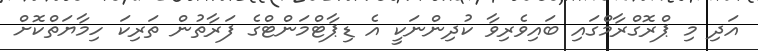
އަދި މި ޕްރޮގްރާމްގައި ބައިވެރިވާ ކުދިންނަކީ އެ ޑިޕާޓްމަންޓްގެ ފަރާތުން ތަރިކަ ހިމާޔަތްކޮށް